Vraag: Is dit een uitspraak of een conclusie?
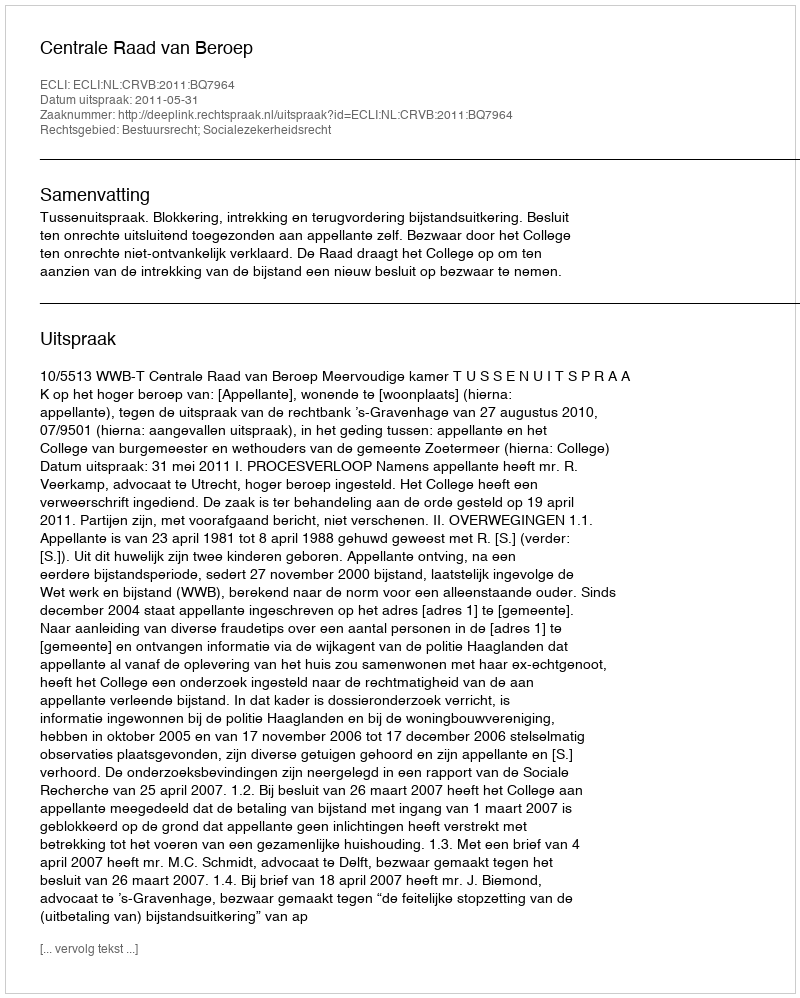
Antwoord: Uitspraak